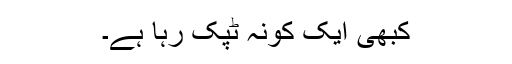
کبھی ایک کونہ ٹپک رہا ہے۔